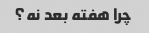
چرا هفته بعد نه؟